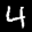
Label: 4